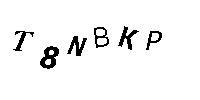
T8NBKP